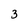
Character: 3